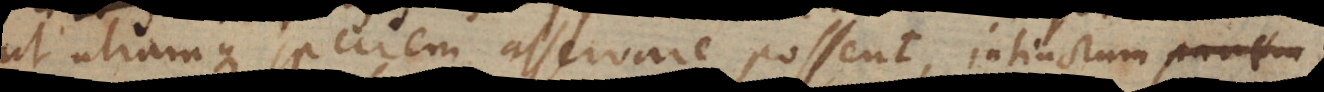
ut utramque speciem asservare possent, intinctum pa